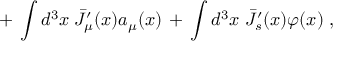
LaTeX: + \, \int d ^ { 3 } x \; { \bar { J } } _ { \mu } ^ { \prime } ( x ) a _ { \mu } ( x ) \, + \, \int d ^ { 3 } x \; { \bar { J } } _ { s } ^ { \prime } ( x ) \varphi ( x ) \; ,